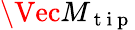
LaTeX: \Vec{M_{\mathrm{~t~i~p~}}}